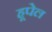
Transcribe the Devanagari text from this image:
हूपेल